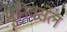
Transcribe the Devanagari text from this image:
युनिवर्सेल